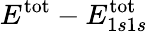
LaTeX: E^{\textrm{tot}}-E_{1s1s}^{\textrm{tot}}